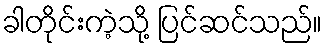
ခါတိုင်းကဲ့သို့ ပြင်ဆင်သည်။